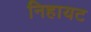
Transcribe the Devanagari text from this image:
निहायट